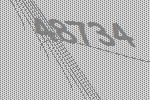
48734